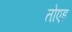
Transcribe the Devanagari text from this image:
तोएइ